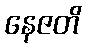
နေဇတိ